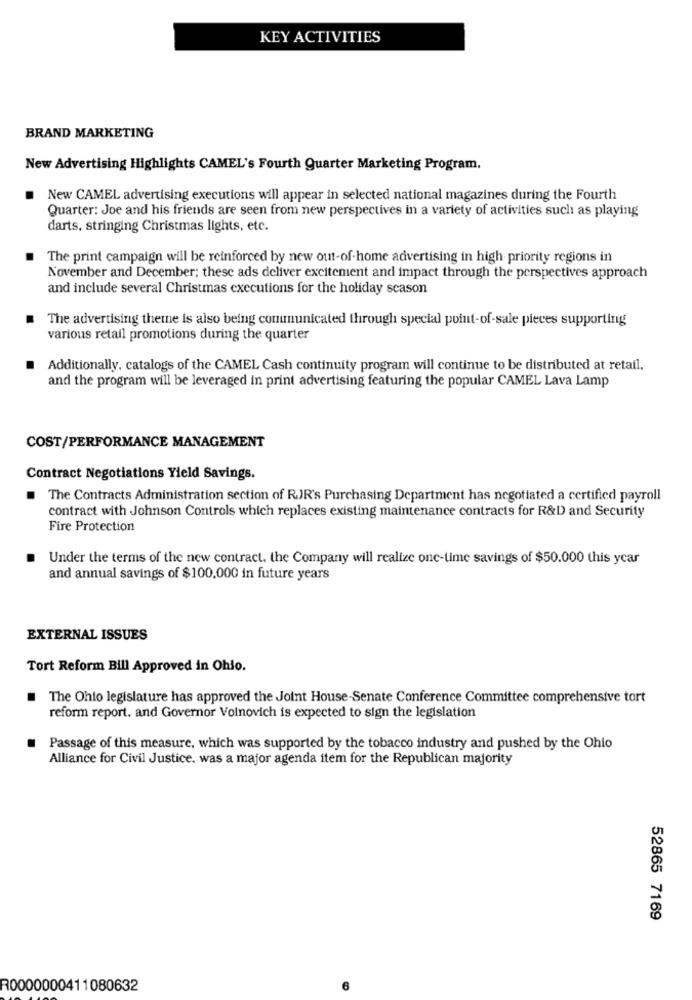
KEY ACTIVITIES
BRAND MARKETING
New Advertising Highlights CAMEL's Fourth Quarter Marketing Program.
.
New CAMEL advertising executions will appear in selected national magazines during the Fourth
Quarter: Joe and his friends are seen from new perspectives in a variety of activities such as playing
darts, stringing Christmas lights, etc.
The print campaign will be reinforced by new out-of-home advertising in high priority regions in
November and December; these ads deliver excitement and impact through the perspectives approach
and include several Christmas executions for the holiday season
The advertising theme is also being communicated through special point-of-sale pieces supporting
various retail promotions during the quarter
Additionally, catalogs of the CAMEL Cash continuity program will continue to be distributed at retail.
and the program will be leveraged in print advertising featuring the popular CAMEL Lava Lamp
COST/PERFORMANCE MANAGEMENT
Contract Negotiations Yield Savings.
.
The Contracts Administration section of R.JR's Purchasing Department has negotiated a certified payroll
contract with Johnson Controls which replaces existing maintenance contracts for R&D and Security
Fire Protection
Under the terms of the new contract. the Company will realize one-time savings of $50.000 this year
and annual savings of $100,000 in future years
EXTERNAL ISSUES
Tort Reform Bill Approved in Ohio.
The Ohio legislature has approved the Joint House-Senate Conference Committee comprehensive tort
reform report. and Governor Voinovich is expected to sign the legislation
Passage of this measure, which was supported by the tobacco industry and pushed by the Ohio
Alliance for Civil Justice, was a major agenda item for the Republican majority
52865 7169
R0000000411080632